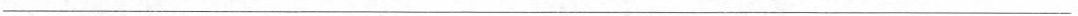
___